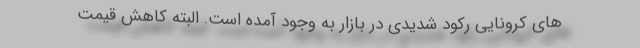
های کرونایی رکود شدیدی در بازار به وجود آمده است. البته کاهش قیمت